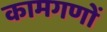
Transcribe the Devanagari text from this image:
कामगणों